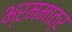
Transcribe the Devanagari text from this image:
भ्रममात्र